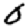
Digit: 0